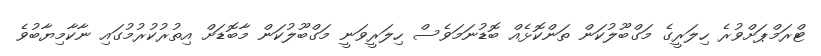
ޓްރަމްޕަށްވުރެ ހިލަރީގެ މަގްބޫލުކަން ތަންކޮޅެއް ބޮޑުނަމަވެސް ހިލަރީވަނީ މަގްބޫލުކަން މާބޮޑަށް އިތުރުކުރުމުގައި ނާކާމިޔާބުވެ